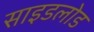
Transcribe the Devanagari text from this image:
साइडलोड